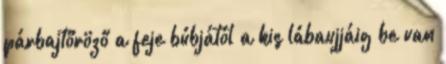
párbajtőröző a feje búbjától a kis lábaujjáig be van